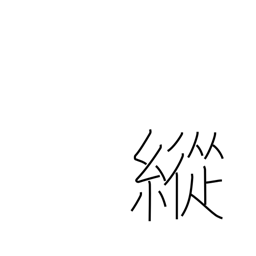
Meaning: indulge in